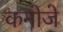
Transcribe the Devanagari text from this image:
कनोजे